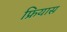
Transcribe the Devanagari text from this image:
फ्रियास